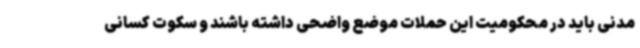
مدنی باید در محکومیت این حملات موضع واضحی داشته باشند و سکوت کسانی